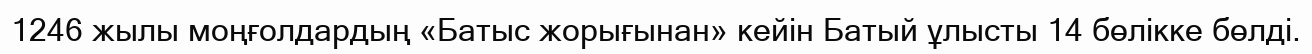
1246 жылы моңғолдардың «Батыс жорығынан» кейін Батый ұлысты 14 бөлікке бөлді.